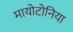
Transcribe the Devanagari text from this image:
मायोटोनिया